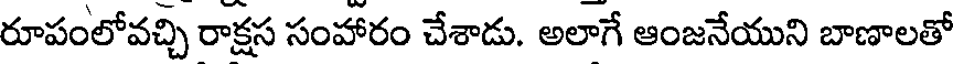
రూపంలోవచ్చి రాక్షస సంహారం చేశాడు. అలాగే ఆంజనేయుని బాణాలతో